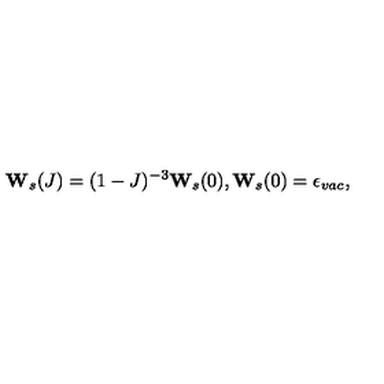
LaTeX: { \bf W } _ { s } ( J ) = ( 1 - J ) ^ { - 3 } { \bf W } _ { s } ( 0 ) , { \bf W } _ { s } ( 0 ) = \epsilon _ { v a c } ,